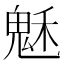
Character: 𩲷